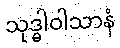
သုဒ္ဓါဝါသာနံ